Annual administration report of the Civil Veterinary Department of India - 1897-1898
Year: 1897
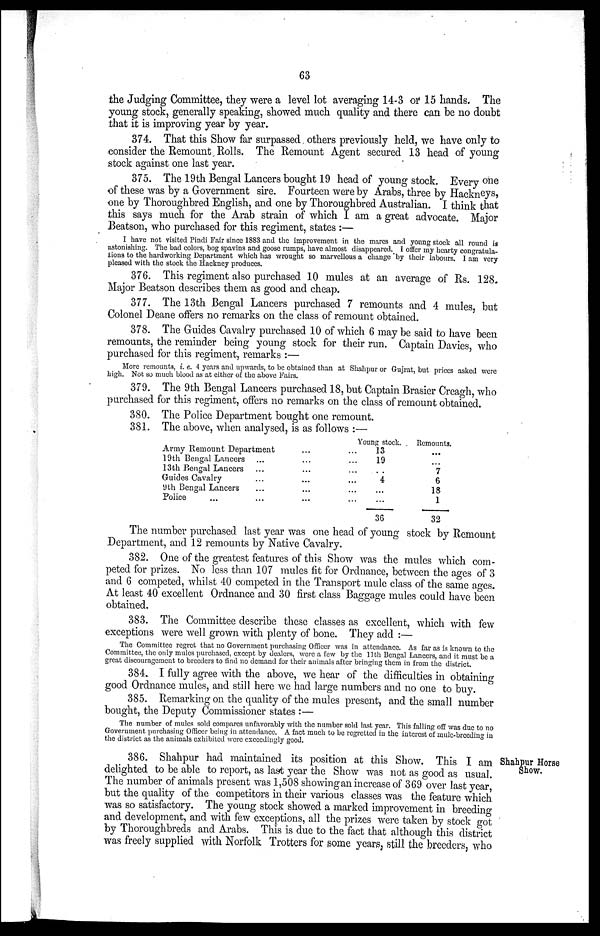
63
the Judging Committee, they were a level lot averaging 14-3 or 15 hands. The
young stock, generally speaking, showed much quality and there can be no doubt
that it is improving year by year.
374. That this Show far surpassed others previously held, we have only to
consider the Remount Rolls. The Remount Agent secured 13 head of young
stock against one last year.
375. The 19th Bengal Lancers bought 19 head of young stock. Every one
of these was by a Government sire. Fourteen were by Arabs, three by Hackneys,
one by Thoroughbred English, and one by Thoroughbred Australian. I think that
this says much for the Arab strain of which I am a great advocate. Major
Beatson, who purchased for this regiment, states:—
I have not visited Pindi Fair since 1883 and the improvement in the mares and young stock all round is
astonishing. The bad colors, bog spavins and goose rumps, have almost disappeared. I offer my hearty congratula-
tions to the hardworking Department which has wrought so marvellous a change by their labours. I am very
pleased with the stock the Hackney produces.
376. This regiment also purchased 10 mules at an average of Rs. 128.
Major Beatson describes them as good and cheap.
377. The 13th Bengal Lancers purchased 7 remounts and 4 mules, but
Colonel Deane offers no remarks on the class of remount obtained.
378. The Guides Cavalry purchased 10 of which 6 may be said to have been
remounts, the reminder being young stock for their run. Captain Davies, who
purchased for this regiment, remarks:—
More remounts, i. e. 4 years and upwards, to be obtained than at Shahpur or Gujrat, but prices asked were
high. Not so much blood as at either of the above Fairs.
379. The 9th Bengal Lancers purchased 18, but Captain Brasier Creagh, who
purchased for this regiment, offers no remarks on the class of remount obtained.
380. The Police Department bought one remount.
381. The above, when analysed, is as follows:—
Army Remount Department
19th Bengal Lancers
13th Bengal Lancers
Guides Cavalry
9th Bengal Lancers
Police ...
...
...
...
...
...
...
...
...
...
...
...
...
...
...
...
...
...
Young stock.
13
19
...
4
...
...
36
Remounts.
...
...
7 6
18
1
32
The number purchased last year was one head of young stock by Remount
Department, and 12 remounts by Native Cavalry.
382. One of the greatest features of this Show was the mules which com-
peted for prizes. No less than 107 mules fit for Ordnance, between the ages of 3
and 6 competed, whilst 40 competed in the Transport mule class of the same ages.
At least 40 excellent Ordnance and 30 first class Baggage mules could have been
obtained.
383. The Committee describe these classes as excellent, which with few
exceptions were well grown with plenty of bone. They add:—
The Committee regret that no Government purchasing Officer was in attendance. As far as is known to the
Committee, the only mules purchased, except by dealers, were a few by the 11th Bengal Lancers, and it must be a
great discouragement to breeders to find no demand for their animals after bringing them in from the district.
384. I fully agree with the above, we hear of the difficulties in obtaining
good Ordnance mules, and still here we had large numbers and no one to buy.
385. Remarking on the quality of the mules present, and the small number
bought, the Deputy Commissioner states:—
The number of mules sold compares unfavorably with the number sold last year. This falling off was due to no
Government purchasing Officer being in attendance. A fact much to be regretted in the interest of mule-breeding in
the district as the animals exhibited were exceedingly good.
Shahpur Horse
Show.
386. Shahpur had maintained its position at this Show. This I am
delighted to be able to report, as last year the Show was not as good as usual.
The number of animals present was 1,508 showing an increase of 369 over last year,
but the quality of the competitors in their various classes was the feature which
was so satisfactory. The young stock showed a marked improvement in breeding
and development, and with few exceptions, all the prizes were taken by stock got
by Thoroughbreds and Arabs. This is due to the fact that although this district
was freely supplied with Norfolk Trotters for some years, still the breeders, who